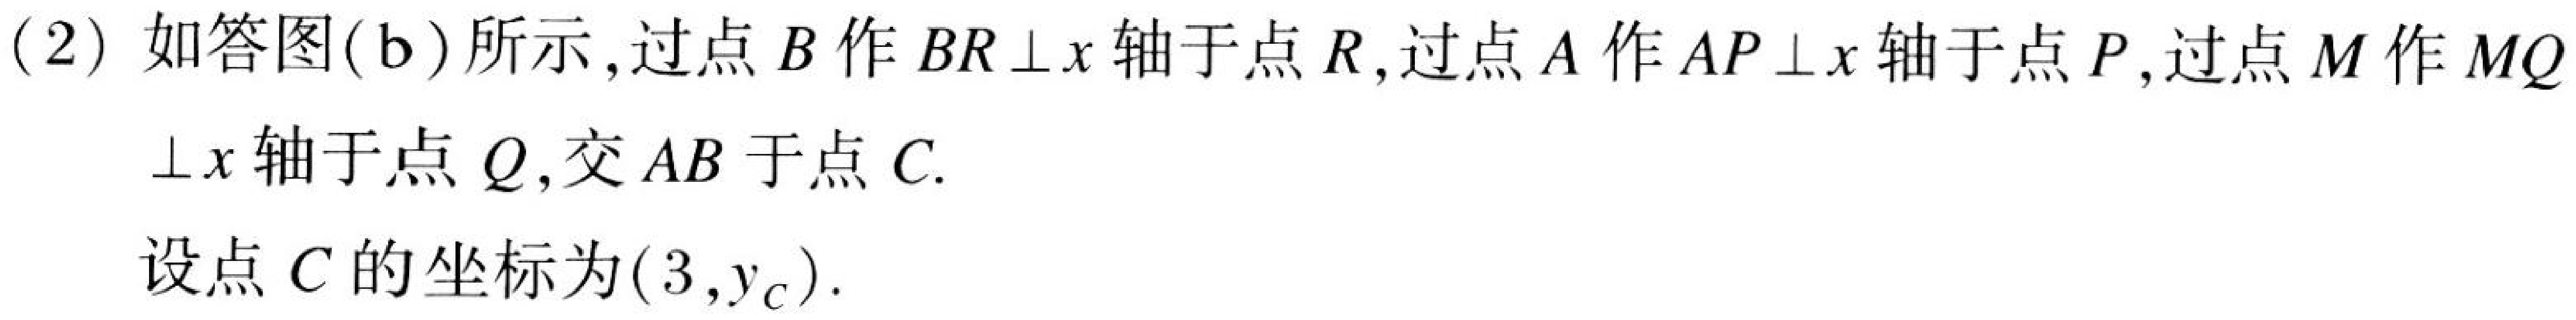
(2) 如答图(b)所示,过点 \(B\) 作 \(BR\perp x\) 轴于点 \(R\),过点 \(A\) 作 \(AP\perp x\) 轴于点 \(P\),过点 \(M\) 作 \(MQ\)
\(\perp x\) 轴于点 \(Q\),交 \(AB\) 于点 \(C\).

设点 \(C\) 的坐标为 \((3,y_{C})\).